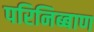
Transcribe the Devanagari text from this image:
परिनिब्बाण